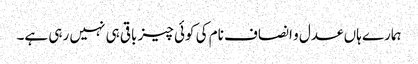
ہمارے ہاں عدل و انصاف نام کی کوئی چیز باقی ہی نہیں رہی ہے۔